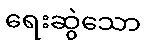
ရေးဆွဲသော